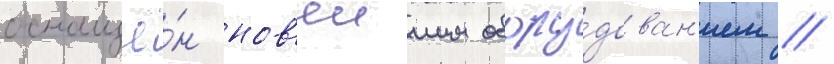
оснащё́н нов'еишим обору́дован'ием //